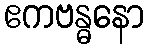
ဧကဗန္ဓနော